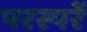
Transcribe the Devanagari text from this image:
परस्परें